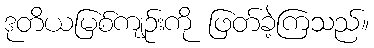
ဒုတိယမြစ်ကျဉ်းကို ဖြတ်ခဲ့ကြသည်။